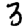
Digit: 3